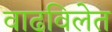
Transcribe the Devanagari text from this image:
वाढविलेत